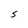
Character: S